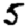
Digit: 5